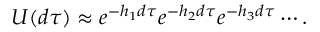
\begin{array} { r } { U ( d \tau ) \approx e ^ { - h _ { 1 } d \tau } e ^ { - h _ { 2 } d \tau } e ^ { - h _ { 3 } d \tau } \cdots . } \end{array}